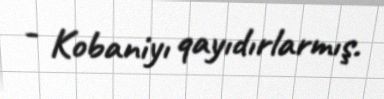
- Kobaniyı qayıdırlarmış.